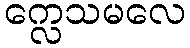
က္လေသမလေ